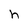
Character: h